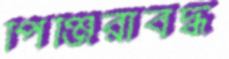
পিঞ্জিরাবদ্ধ